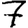
Digit: 7